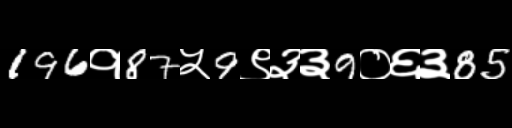
Text: 196१87५9९३३9०६३85